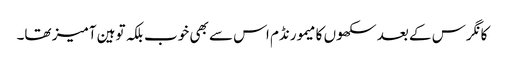
کانگرس کے بعد سکھوں کا میمورنڈم اس سے بھی خوب بلکہ توہین آمیز تھا۔